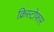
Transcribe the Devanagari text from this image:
क्रिस्टोफार